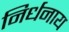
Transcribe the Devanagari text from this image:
निर्धनाय